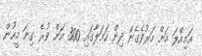
އަމިއްލަ އަށް މަރުވެގެން ދިން ހަމަލާގައި 300 އަށް ވުރެ ގިނަ މީހުން